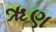
ૠણ